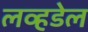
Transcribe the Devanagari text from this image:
लव्हडेल